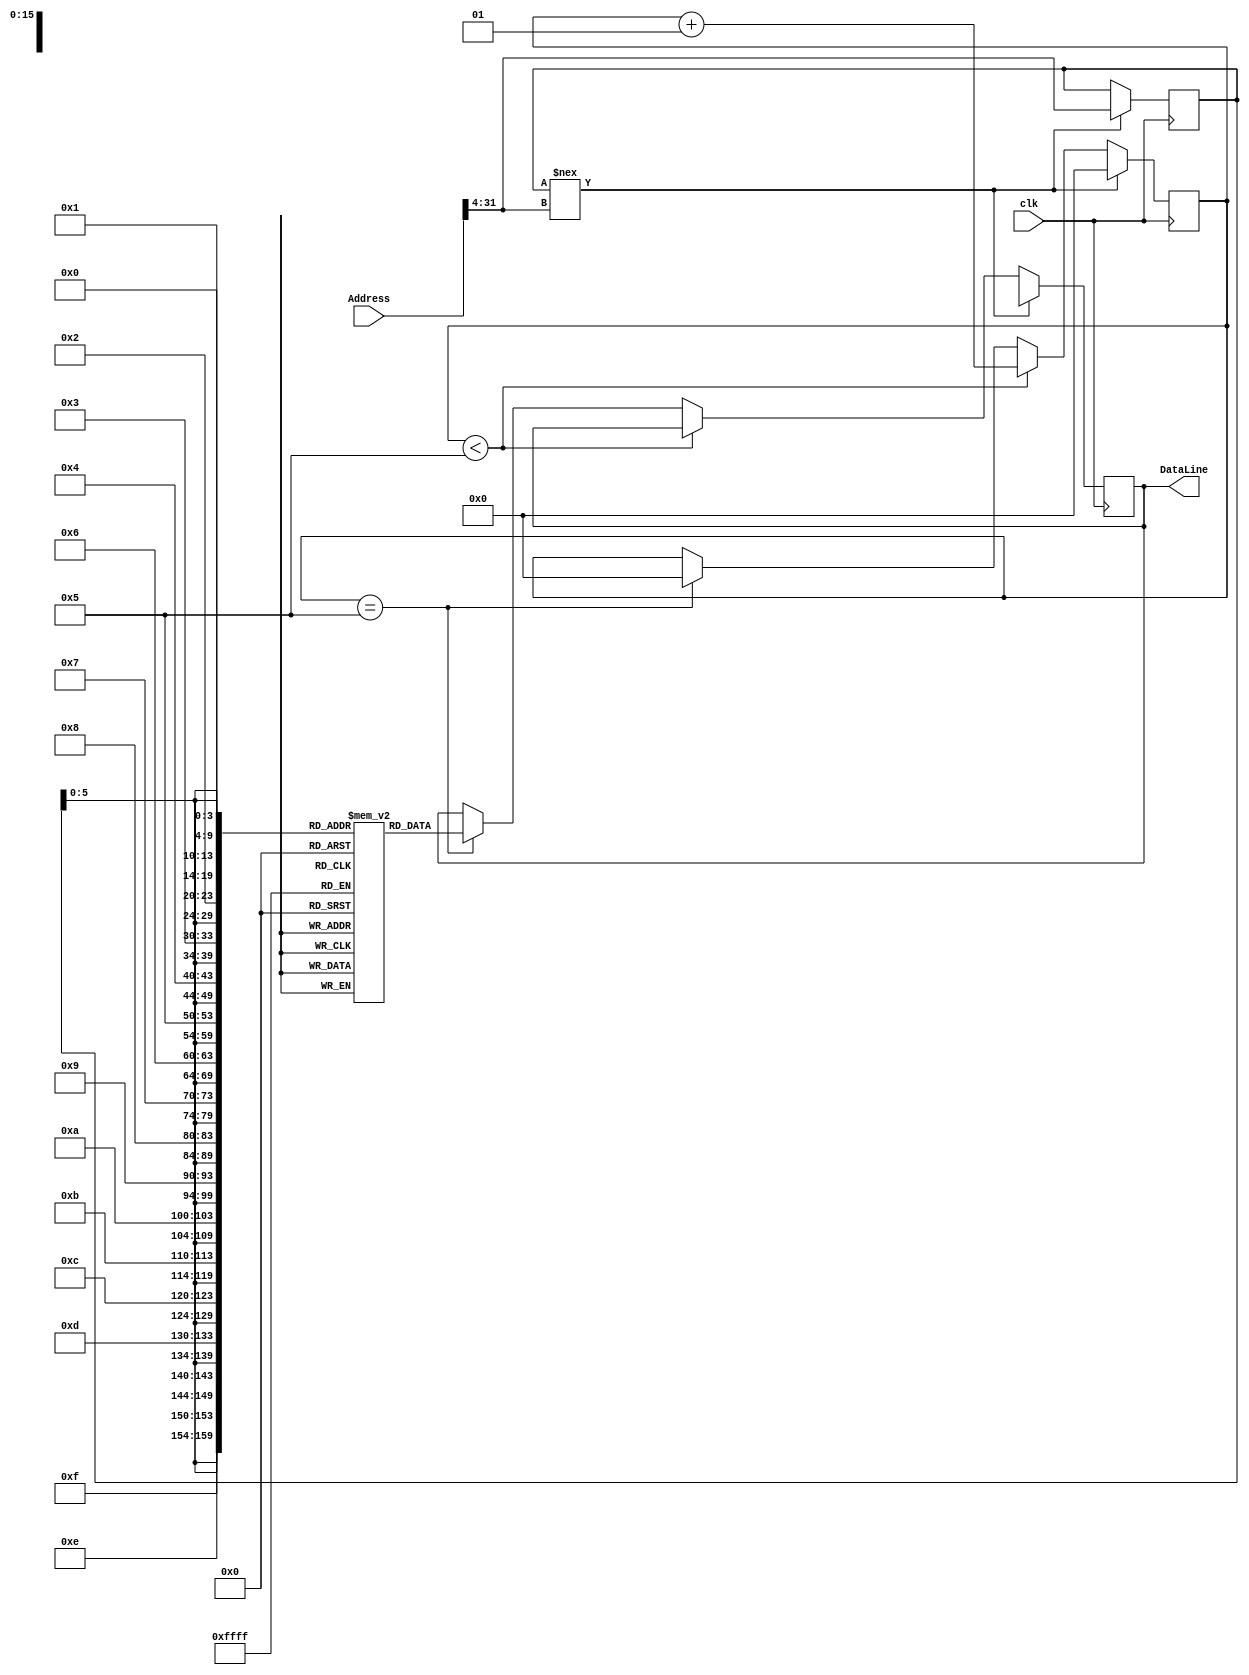
`timescale 1ns / 1ps

module InstructionMemory
	 (
	 //ports declaration
	 input [31:0] Address,
	 input clk,
	 output reg[127:0] DataLine
	 ); 
	  
	 
	 //wires and variables declaration
	 reg [7:0] memory [1023:0];
	 integer counter=0;
	 integer i;
	 reg [27:0] locality;
	 
	 //initial block. Initialize memory.
	 initial begin
		for(i = 0; i < 1024; i = i+1) begin
			memory[i] = i;
		end
	 end
	  
	 //always@(clk edge) blocks
	 always@(posedge clk) begin
	
	//case inequality !== !=
	//$display("locality1 = %b",locality);
	//$display("Address = %b",Address);
		if(locality !== Address[31:4]) begin
		//$display("too if");
			counter <= 0;
			locality <= Address[31:4];
			DataLine <= 128'bx;
			//$display("locality2 = %b",locality);
		end
		
		else  begin
			if(counter < 5) begin
				counter <= counter +1;
			end
			
			else if(counter == 5) begin
				
				//000010={3'b000,4'b010} concatination operation		

				//for loop i
				//dataline[127:120] = memory[{locality,4'd3}];
				//dataline[119:112] = memory[{locality,4'd2}];
				//...
				//$display("DataLine = %b",DataLine);
					DataLine <= {
					
						memory[{locality,4'd15}],
						memory[{locality,4'd14}],
						memory[{locality,4'd13}],
						memory[{locality,4'd12}],
						
						memory[{locality,4'd11}],
						memory[{locality,4'd10}],
						memory[{locality,4'd9}],
						memory[{locality,4'd8}],
						
						memory[{locality,4'd7}],
						memory[{locality,4'd6}],
						memory[{locality,4'd5}],
						memory[{locality,4'd4}],
												
						memory[{locality,4'd3}],
						memory[{locality,4'd2}],
						memory[{locality,4'd1}],
						memory[{locality,4'd0}]
						
					};
				//$display("DataLine = %b",DataLine);
				counter <= 0;
			end
		end
	 end
	 

	initial begin 
	//0x014B4800 add t1 t2 t3
		memory[7]=8'h01;
		memory[6]=8'h4B;
		memory[5]=8'h48;
		memory[4]=8'h00;
		
		memory[3]=8'h01;
		memory[2]=8'h4B;
		memory[1]=8'h48;
		memory[0]=8'h00;
		
		
			//1D49FFFF	addi t1 t2 0x00ff
		//memory[3]=8'h1d;
		//memory[2]=8'h49;
		//memory[1]=8'h00;
		//memory[0]=8'hff;
		//lw r5 r0 0
		//memory[3:0] = {32'h10050000};
		
		
		// add t1 t2 t3
		//memory[7:4] ={32'h014B4800};
		
	end

endmodule